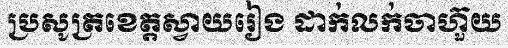
ប្រសូត្រខេត្តស្វាយរៀង ដាក់លក់ចាហ៊ួយ